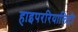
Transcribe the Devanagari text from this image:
हाइपररियालिटी